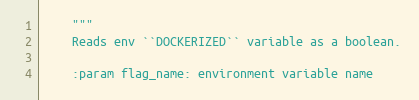
Language: Python
    """
    Reads env ``DOCKERIZED`` variable as a boolean.

    :param flag_name: environment variable name